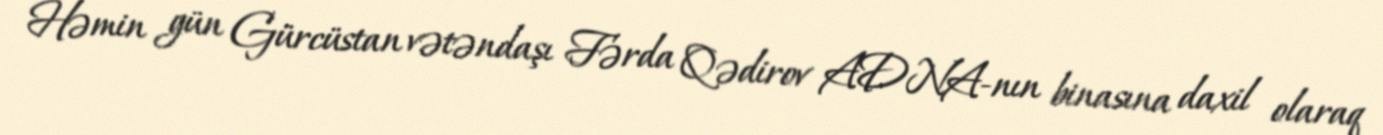
Həmin gün Gürcüstan vətəndaşı Fərda Qədirov ADNA-nın binasına daxil olaraq